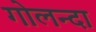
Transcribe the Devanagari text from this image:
गोलन्दा